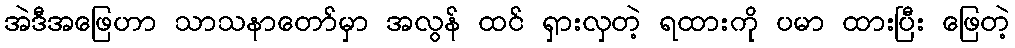
အဲဒီအဖြေဟာ သာသနာတော်မှာ အလွန် ထင် ရှားလှတဲ့ ရထားကို ပမာ ထားပြီး ဖြေတဲ့